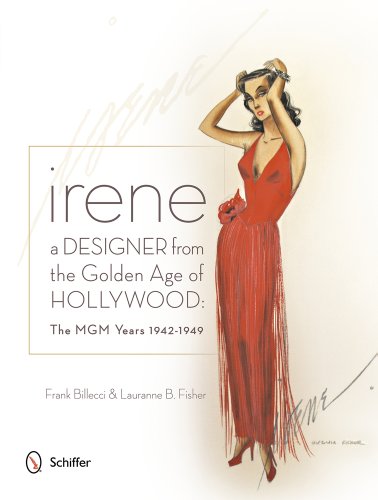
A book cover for Irene: A Designer from the Golden Age of Hollywood - the Mgm Years 1942-49; Frank Billecci; Arts & Photography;